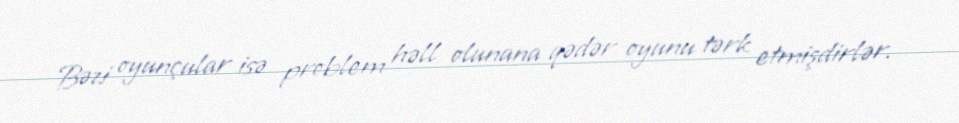
Bəzi oyunçular isə problem həll olunana qədər oyunu tərk etmişdirlər.